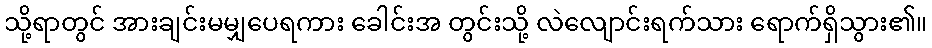
သို့ရာတွင် အားချင်းမမျှပေရကား ခေါင်းအ တွင်းသို့ လဲလျောင်းရက်သား ရောက်ရှိသွား၏။